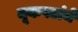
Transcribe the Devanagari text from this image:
मूकपटांचे